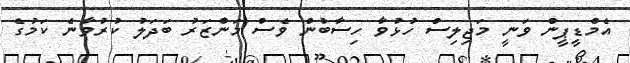
އެމްޑީޕީން ވަނީ މަޖިލިސް ހުޅުވާ ހިސާބުން ވެސް މަންޒަރު ބަދަލު ކުރުވާނެ ކަމުގެ